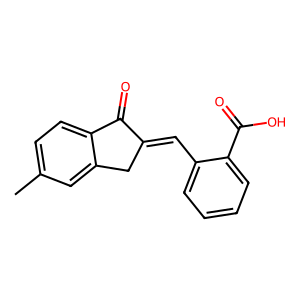
SMILES: Cc1ccc2c(c1)CC(=Cc1ccccc1C(=O)O)C2=O
Inhibits HIV replication: No